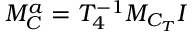
{ \cal M } _ { \small { C } } ^ { a } = T _ { 4 } ^ { - 1 } { \cal M } _ { \small { C _ { T } } } I